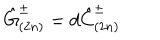
\hat { G } _ { ( 2 n ) } ^ { \pm } = d \hat { C } _ { ( 2 n ) } ^ { \pm }